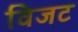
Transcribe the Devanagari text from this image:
विजट